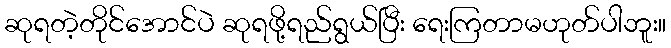
ဆုရတဲ့တိုင်အောင်ပဲ ဆုရဖို့ရည်ရွယ်ပြီး ရေးကြတာမဟုတ်ပါဘူး။